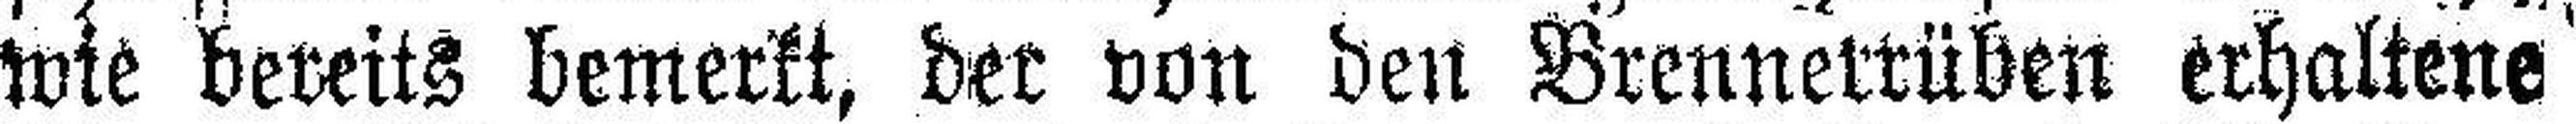
wie bereits bemerkt, der von den Brennerrüben erhaltene